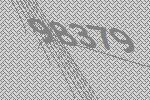
98379